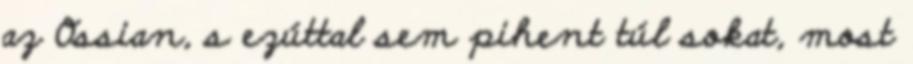
az Ossian, s ezúttal sem pihent túl sokat, most